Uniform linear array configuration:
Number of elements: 64
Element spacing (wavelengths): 0.25
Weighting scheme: kaiser
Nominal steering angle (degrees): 0
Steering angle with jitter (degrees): -1.017
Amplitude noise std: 0.05
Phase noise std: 0.05

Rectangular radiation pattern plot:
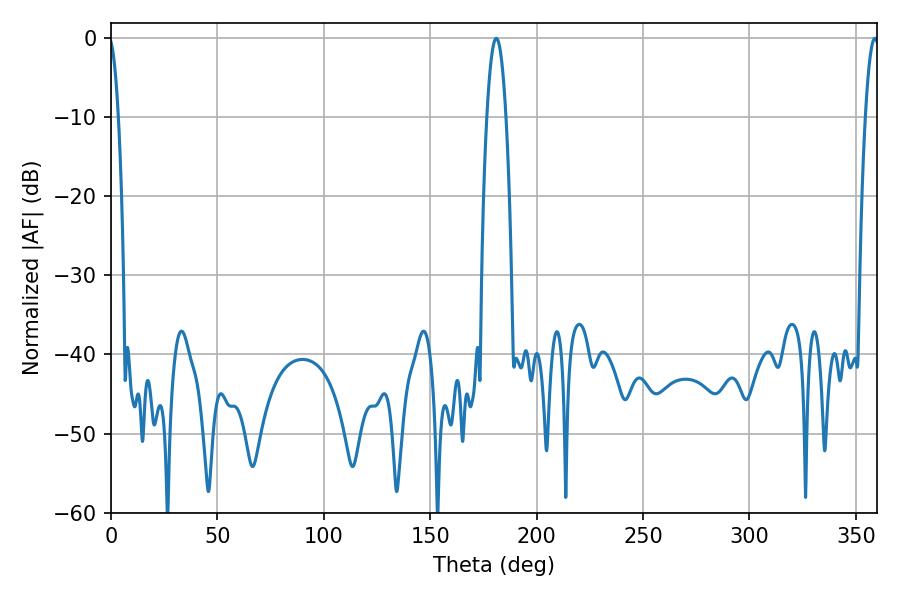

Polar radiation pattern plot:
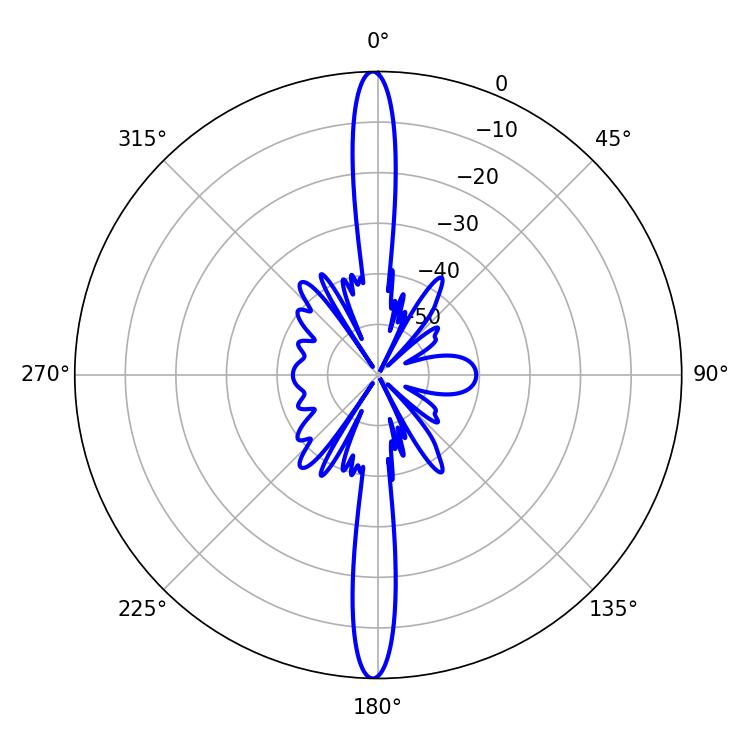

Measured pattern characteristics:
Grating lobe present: FALSE
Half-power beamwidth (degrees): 5.04
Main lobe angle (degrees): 181.08